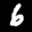
Label: 6